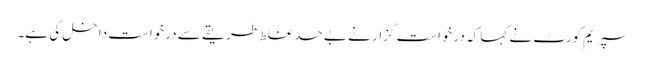
سپریم کورٹ نے کہا کہ درخواست گزار نے بے حد غلط طریقے سے درخواست داخل کی ہے۔